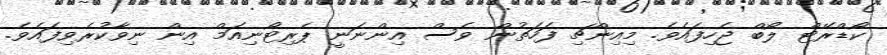
ކޯޑްރޭޓް ލޯބް ޖެހިފައެވެ. މިއިންޗި ފަހަތުން ވެސް އިންނަނީ ޕެރިޓޯނިއަމް އިން ނިވާކުރެވިފައެވެ.